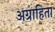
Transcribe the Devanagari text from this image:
अग्राहिता